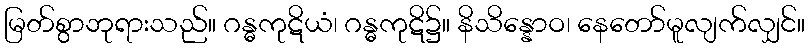
မြတ်စွာဘုရားသည်။ ဂန္ဓကုဋိယံ၊ ဂန္ဓကုဋိ၌။ နိသိန္နောဝ၊ နေတော်မူလျက်လျှင်။